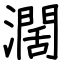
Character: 濶